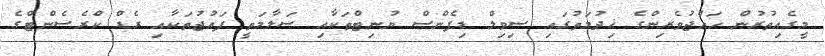
މީގެއިތުރުން ހައްޖުވެރިންގެ ޚިދުމަތުގައި ސިވިލް ޑިފެންސް ޔުނިޓްތަކާއި ސަލާމަތީ ފައުޖުތަކާއި ރެޑް ކްރެސެންޓްގެ